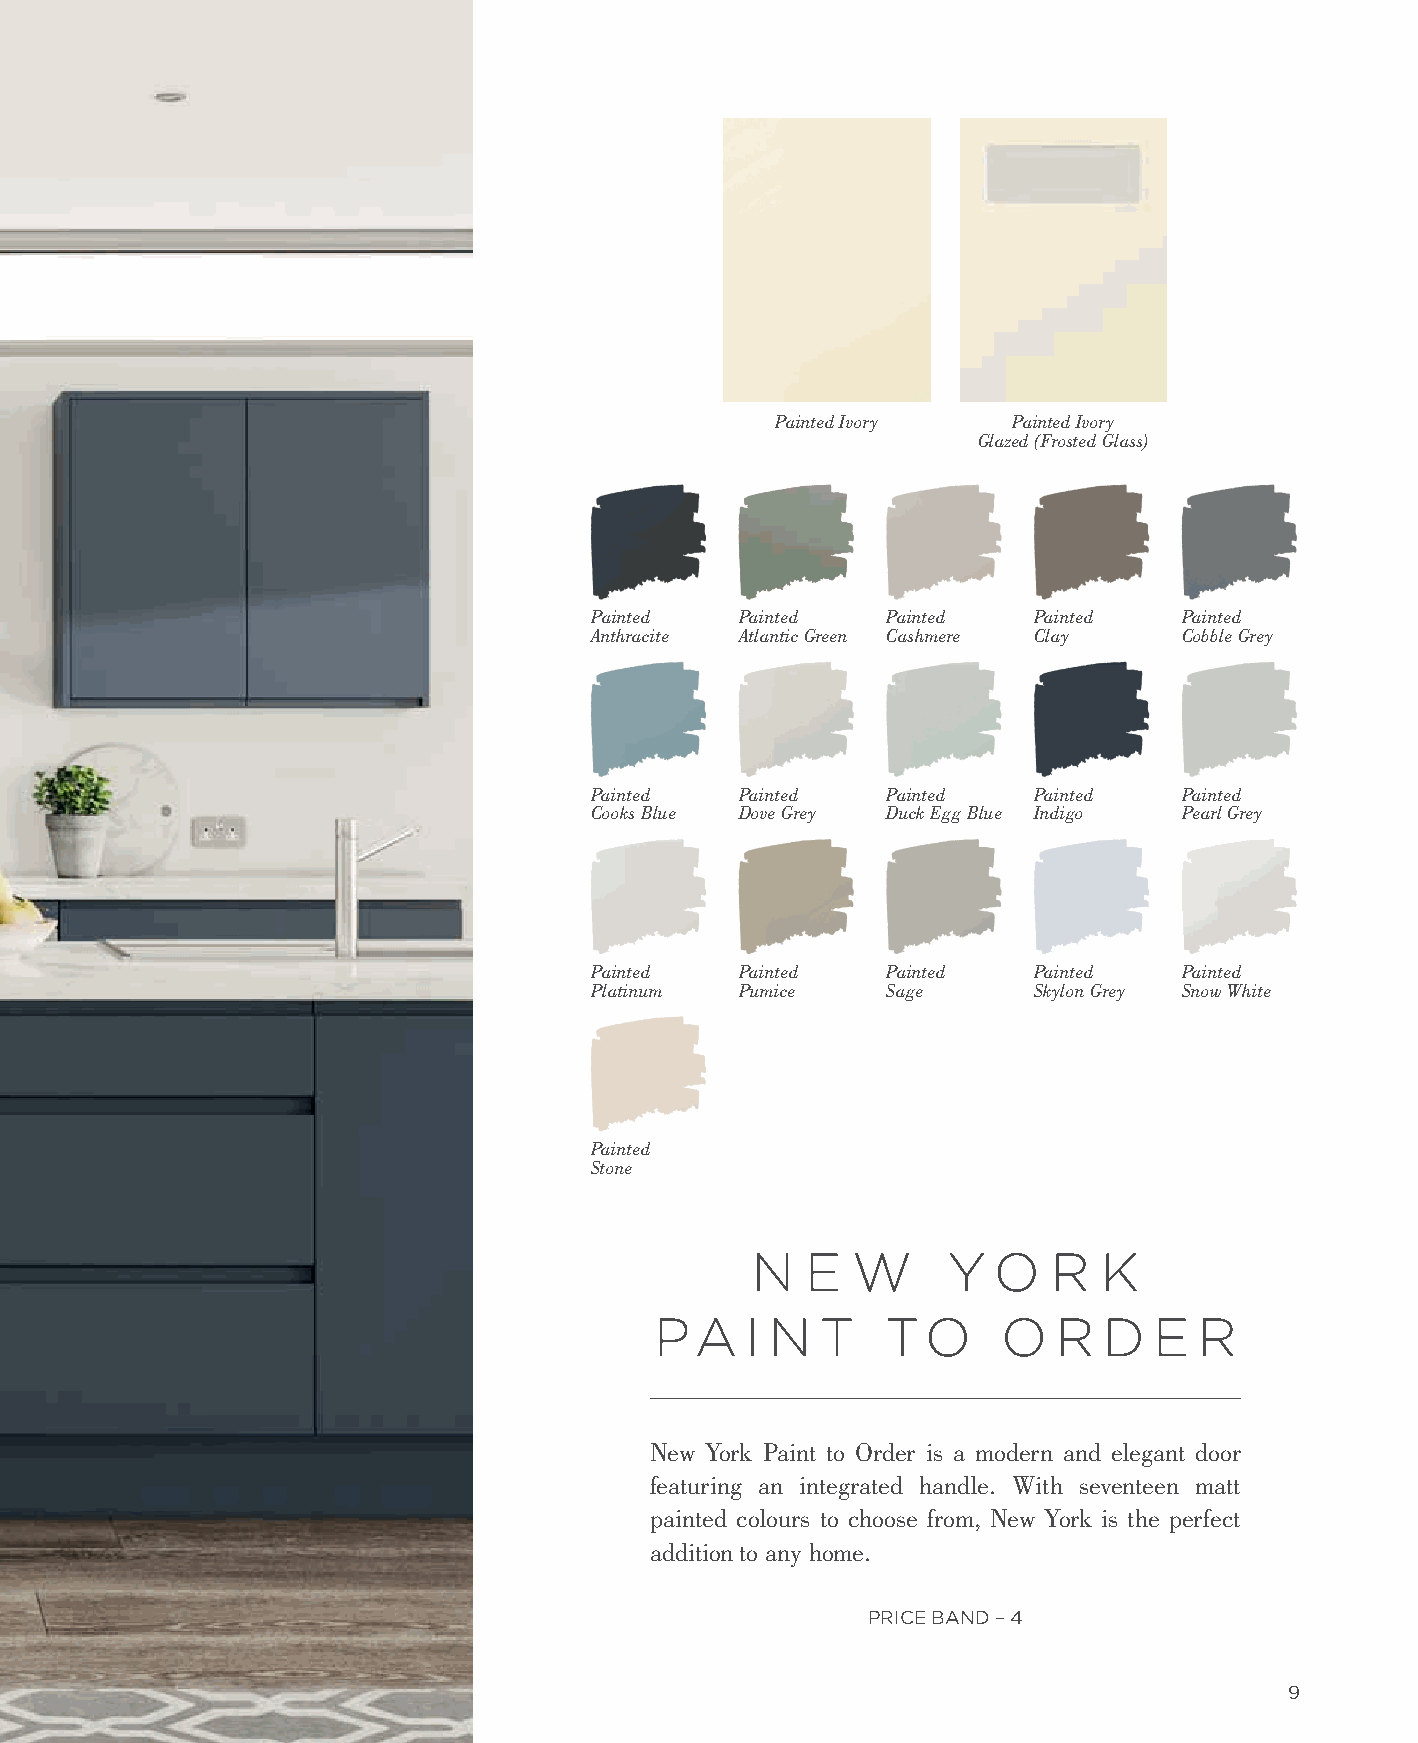
Painted Ivory   Painted Ivory
 Glazed (Frosted Glass)
 Painted   Painted   Painted  Painted   Painted
 Anthracite Atlantic Green Cashmere Clay Cobble Grey
 Painted   Painted   Painted  Painted   Painted
 Cooks Blue Dove Grey Duck Egg Blue Indigo Pearl Grey
 Painted   Painted   Painted  Painted   Painted
 Platinum  Pumice    Sage     Skylon Grey Snow White
 Painted
 Stone
 N  E  W      Y  O   R  K
 PA    I N  T    TO     O   R  D  E  R
 New York Paint to Order is a modern and elegant door
 featuring an integrated handle. With seventeen matt
 painted colours to choose from, New York is the perfect
 addition to any home.
 PRICE BAND – 4
 9